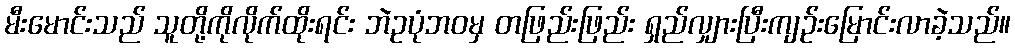
မီးမောင်းသည် သူတို့ကိုလိုက်ထိုးရင်း ဘဲဥပုံဘဝမှ တဖြည်းဖြည်း ရှည်လျှားပြီးကျဉ်းမြောင်းလာခဲ့သည်။